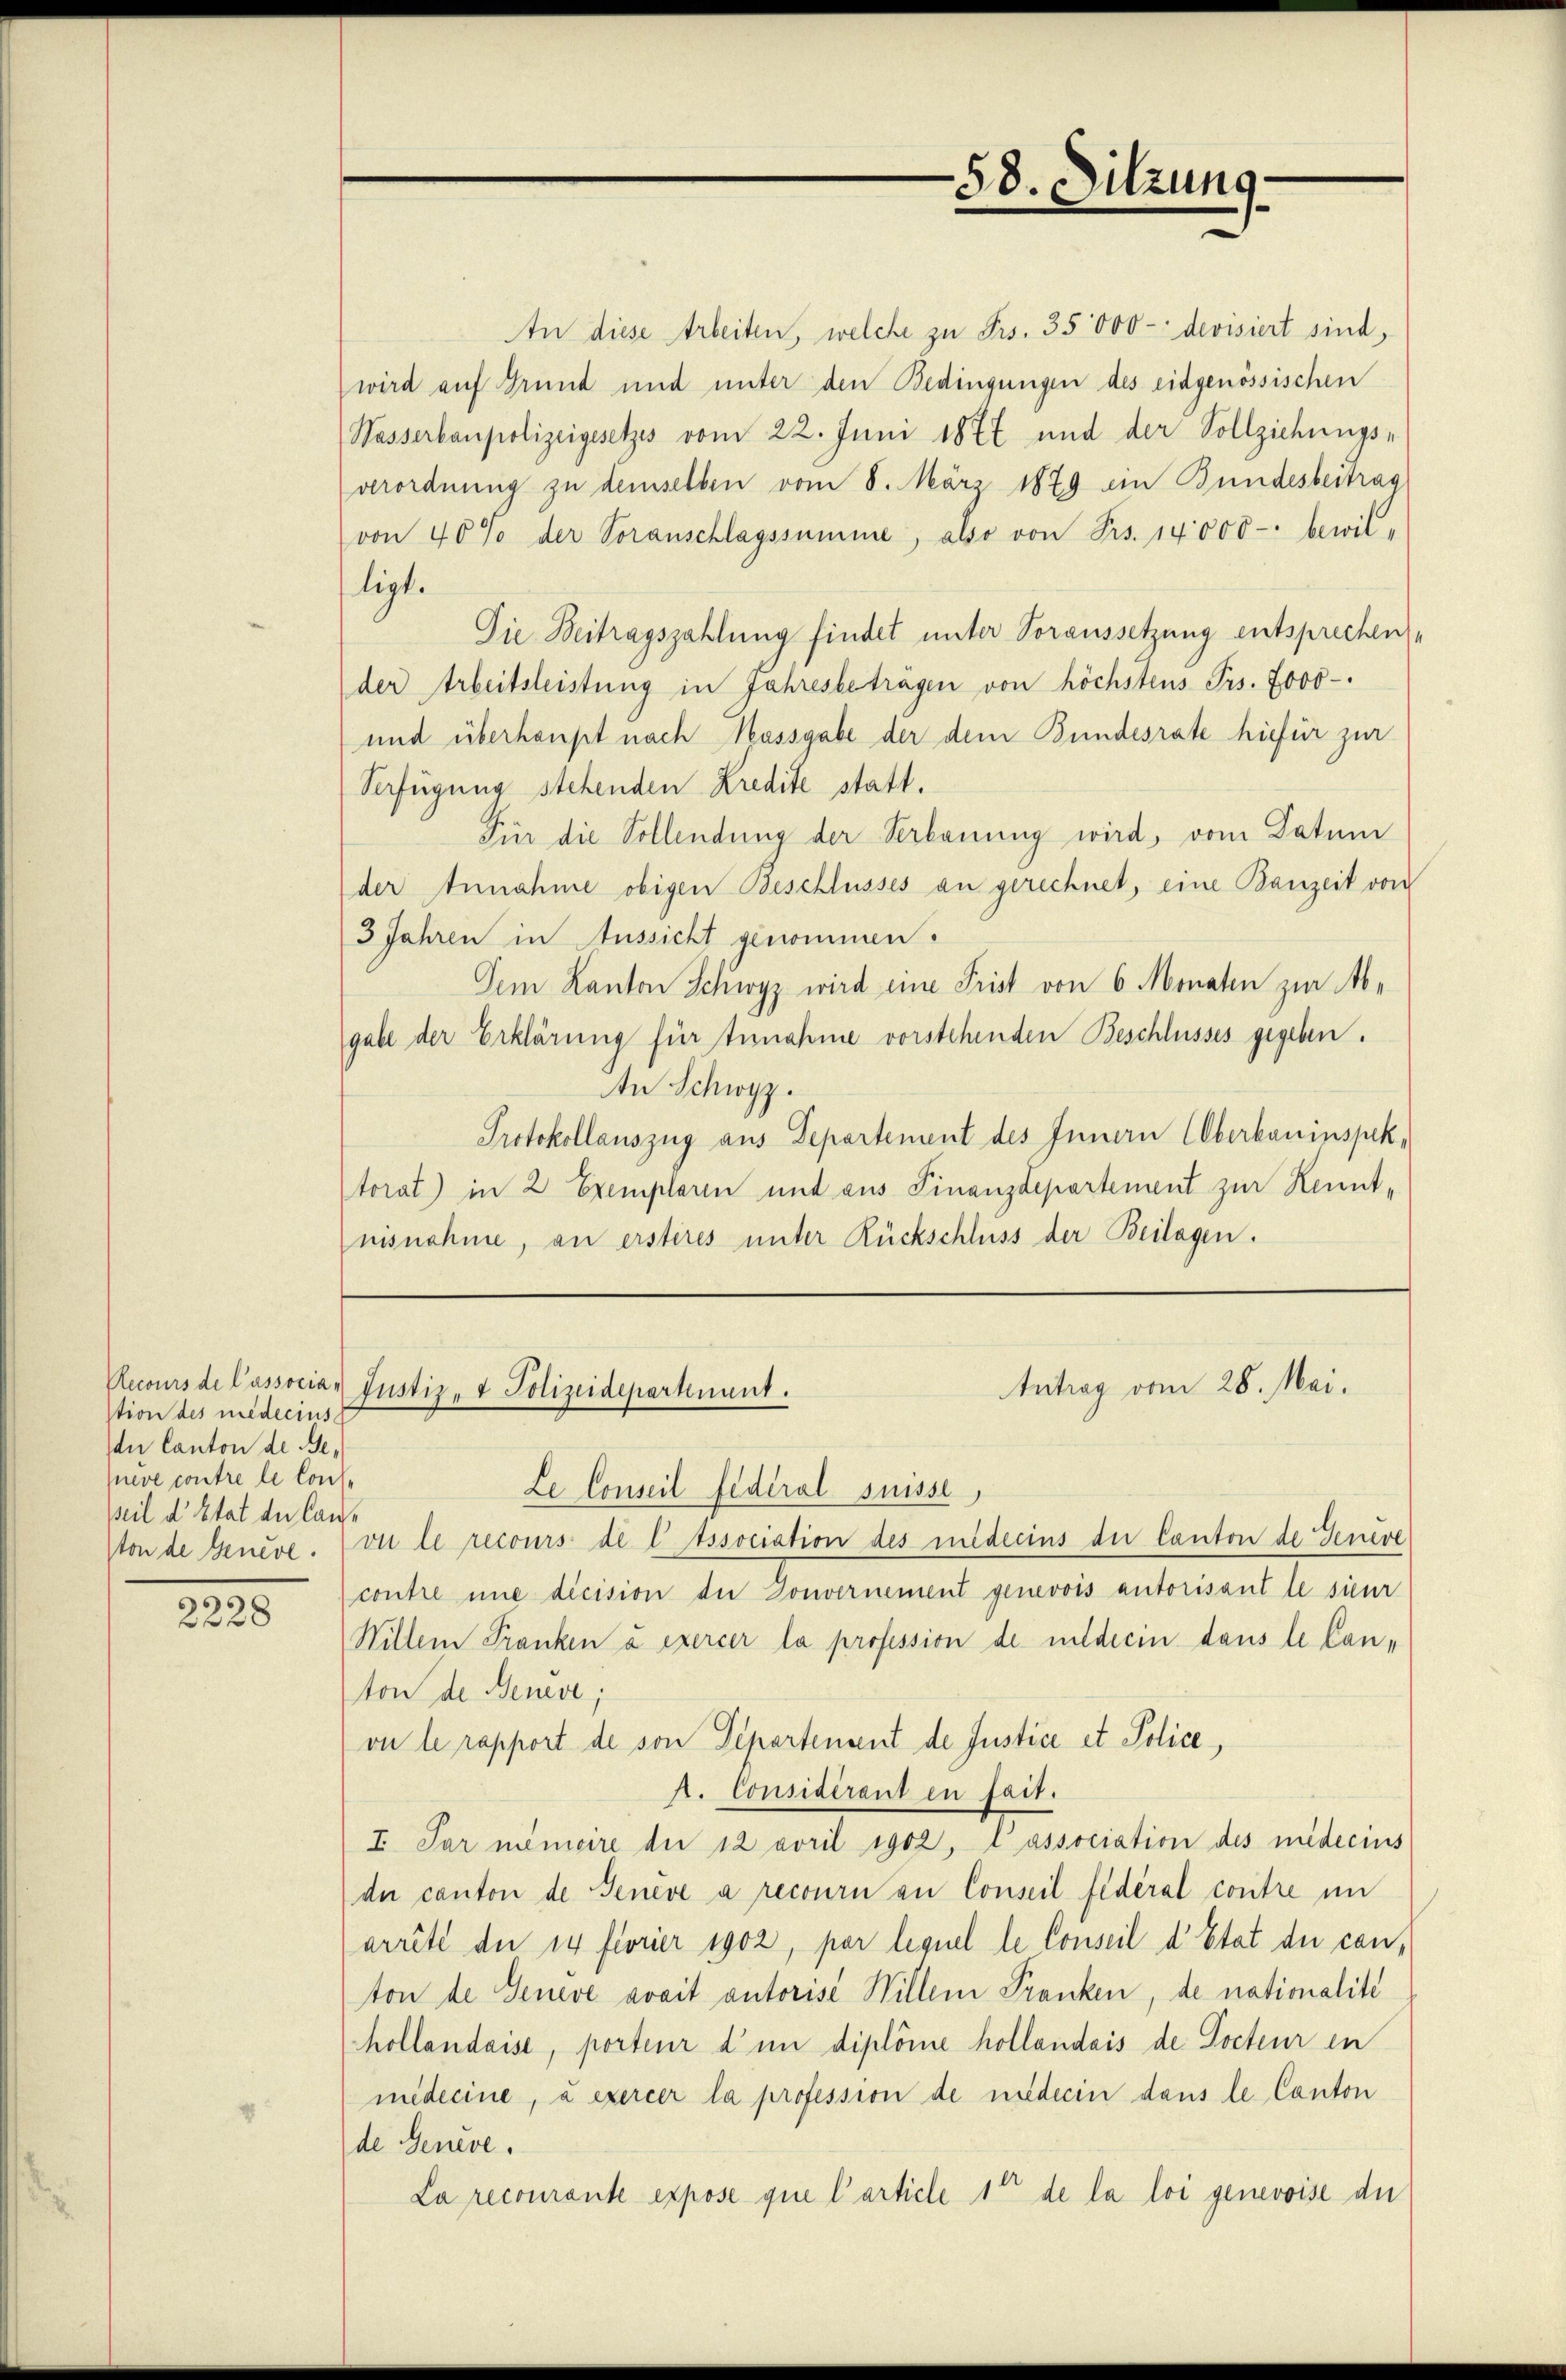
stion des medicius
de Canton de Beneve contre le Conse
Beil d’Etat der Can¬

2228

An diese Arbeiten, welche zu Frs. 35000 - devisiert sind,
wird auf Grund und unter den Bedingungen des eidgenössischen
Wasserbaupolizeigesetzes vom 22. Juni 1877 und der Vollziehungs-
verordnung zu demselben vom 8. März 1879 ein Bundesbeitrag
von 40% der Voranschlagssumme, also von Frs. 14000-: bewil-
ligt.
Die Beitragszahlung findet unter Voraussetzung entsprechen,
der Arbeitsleistung in Jahresbeträgen von höchstens Prs. 7000-
und überhaupt nach Massgabe der dem Bundesrate hiefür zur
Verfügung stehenden Kredite statt.
Für die Vollendung der Verkonung wird, vom Datum
der Annahme obigen Beschlusses an gerechnet, eine Bauzeit von
3 Jahren in Aussicht genommen.
Dem Kanton Schwyz wird eine Frist von 6 Monaten zur Ab-
gabe der Erklärung für Annahme vorstehenden Beschlusses gegeben.
An Schwyz.
Protokollauszug aus Departement des Innern Oberbauinspektorat) in 2 Exemplaren und aus Finanzdepartement zur Kenntnisnahme, an ersteres unter Rückschluss der Beilagen.

Le Conseil fédéral suisse,
Von de Geneve. Von le recours de l Issociation des widerins der Canton de Jenere
contre une dicision der Donvernement genevois autorisant le sieur
Willem Franken à exercer la profession de milderin dans le Canton der Benede;
vi le rapport de son Departenant de Justice et Police,
A. Considérant en fait.
I. Par mimeire der 12 avril 1902, lassociation des médecius
der canton de Geneve à recourn an Conseil fédéral contre im
arrête der 14 florier 1902, par lequel le Conseil d’Etat der conton de Geneve avait autorise Willem Franken, de nationalité
Kollandaise, porteur d’un diplome hollandais de Pocteur en
médecine, à exercer la profession de niederin dans le Canton
de Geneve.
La recourante expose que l’article 1te de la loi genevoise die

Recours de Passocia Justiz- & Polizeidepartement.

—
58. Sitzung

Antrag vom 28. Mai.